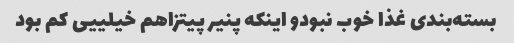
بسته‌بندی غذا خوب نبودو اینکه پنیر پیتزاهم خیلییی کم بود